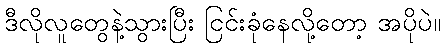
ဒီလိုလူတွေနဲ့သွားပြီး ငြင်းခုံနေလို့တော့ အပိုပဲ။